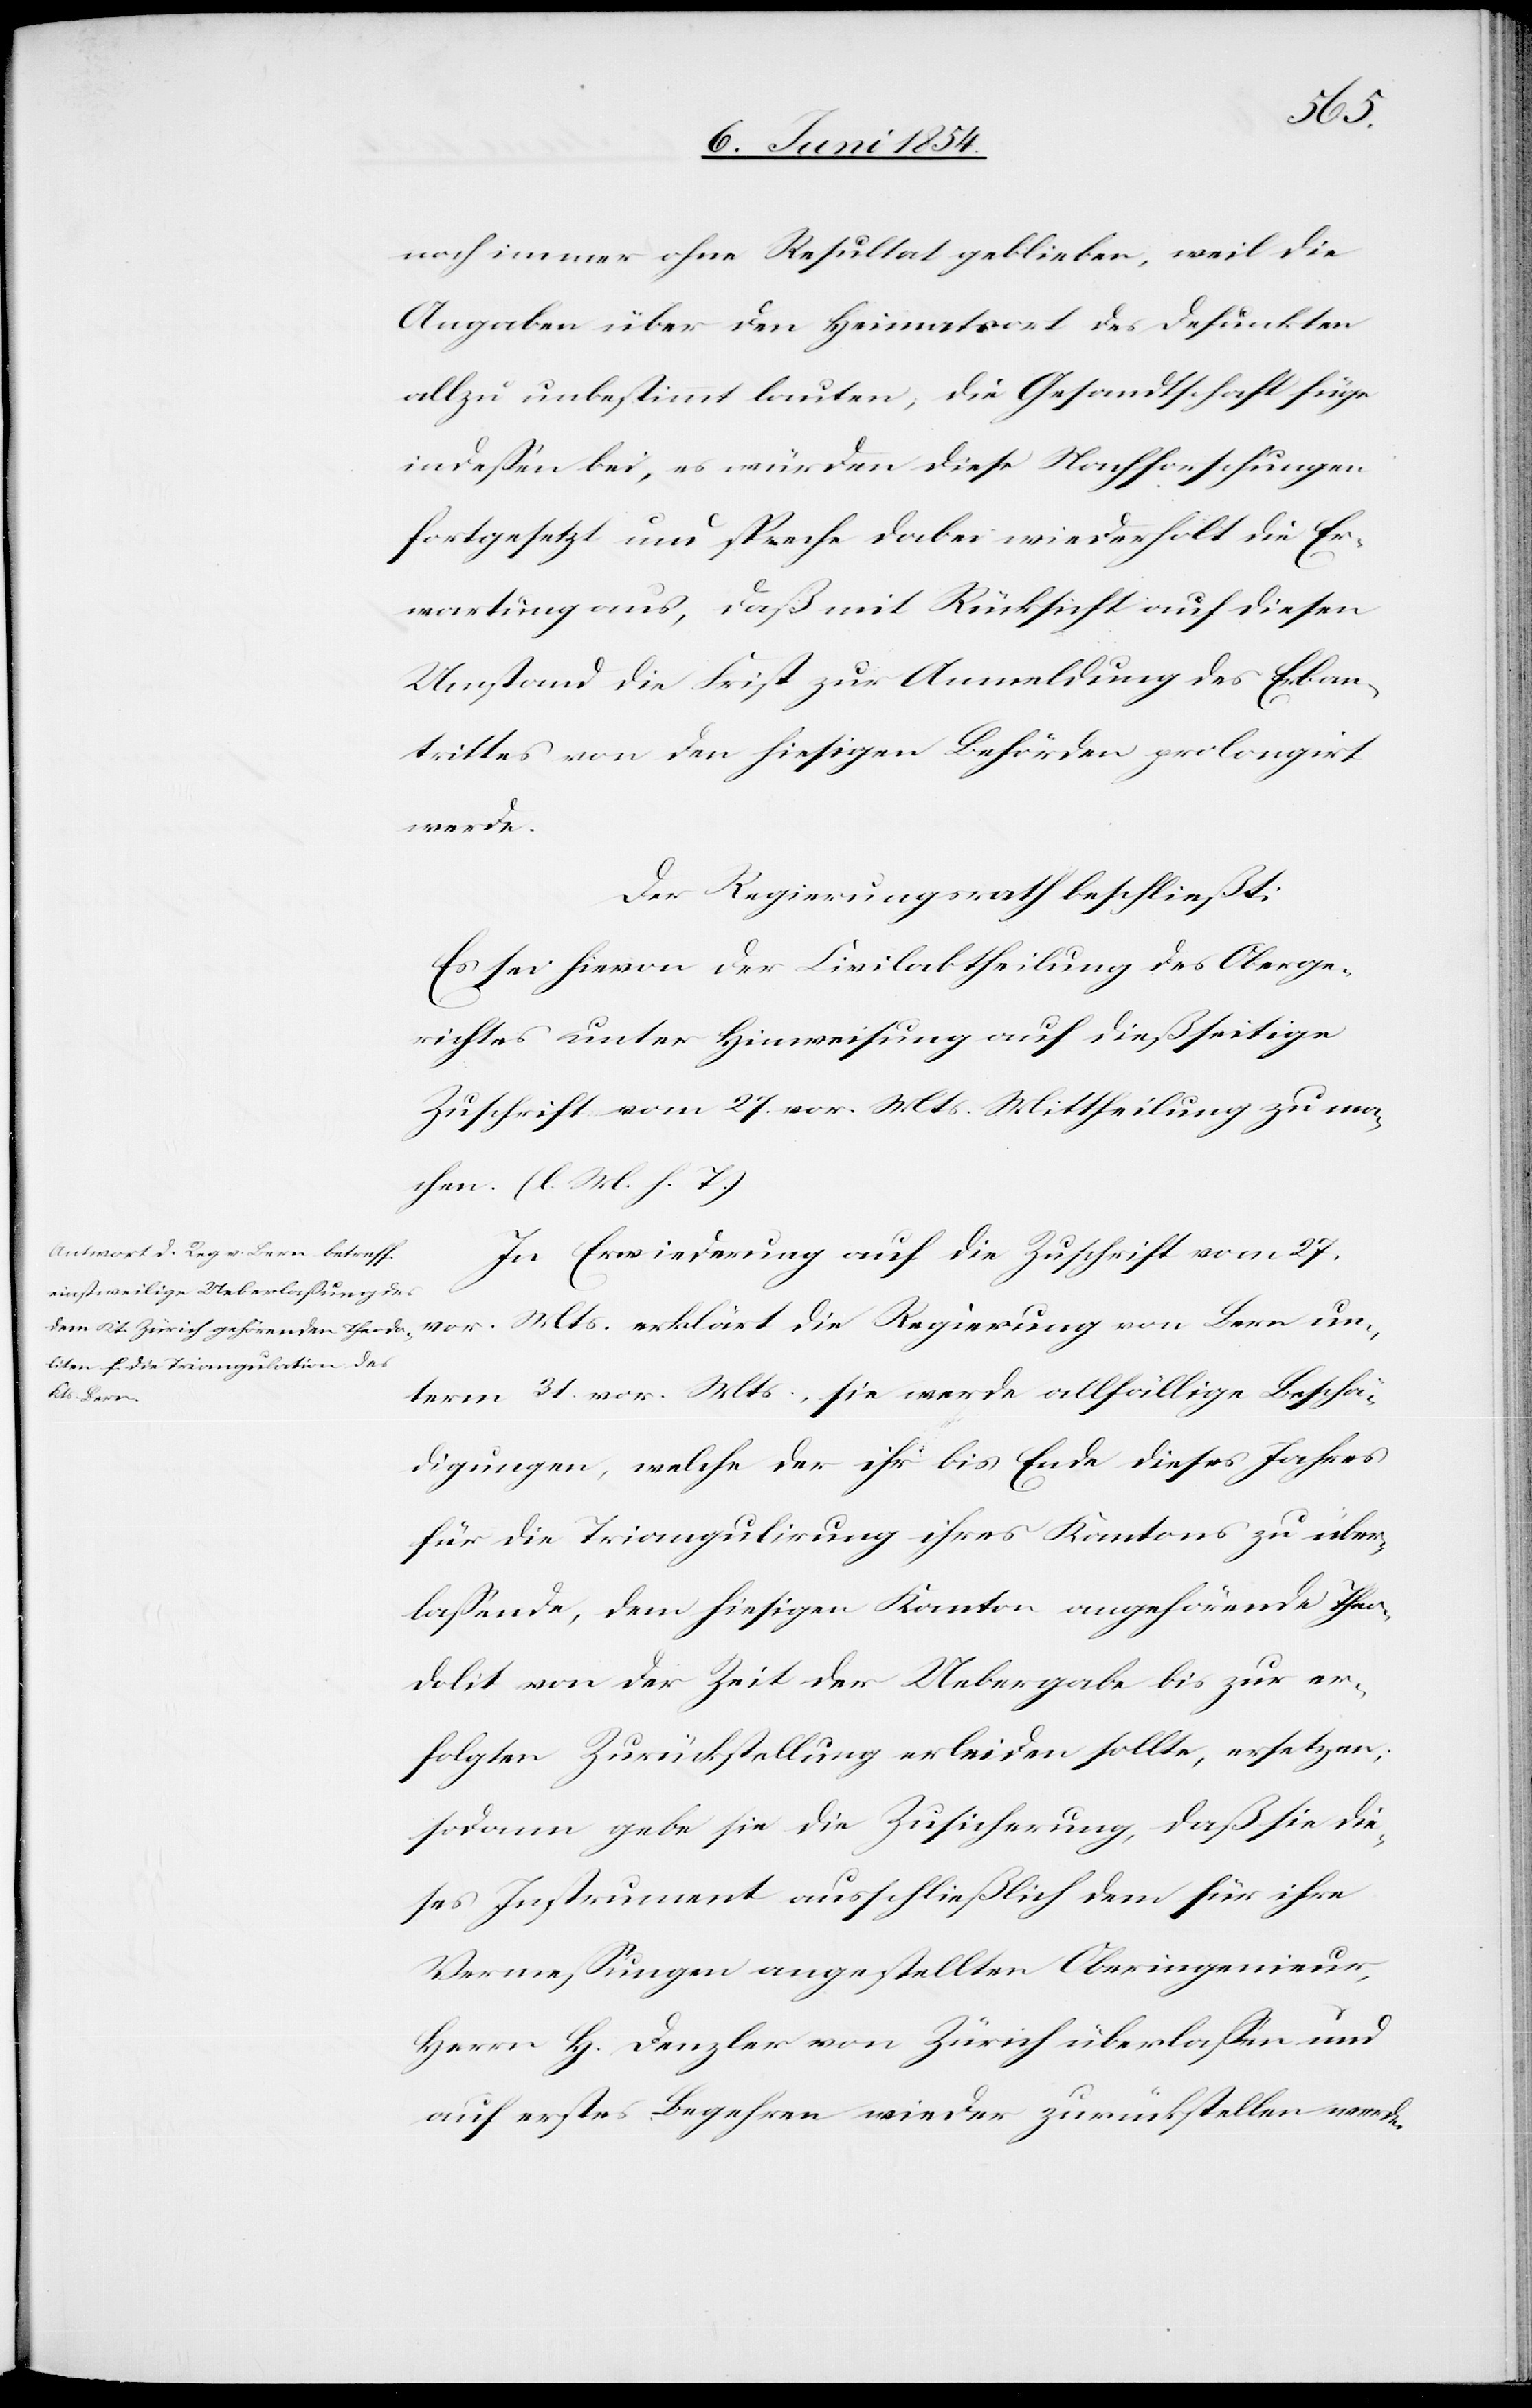
noch immer ohne Resultat geblieben, weil die
Angaben über den Heimatsort des Defunkten
allzu unbestimmt lauten; die Gesandtschaft füge
indeßen bei, es würden diese Nachforschungen
fortgesetzt und entsprechen dabei wiederholt die Er¬
wartung aus, daß mit Rücksicht auf diesen
Umstand die Frist zur Anmeldung des Erban¬
trittes von den hiesigen Behörden prolongirt
werde.
Der Regierungsrath beschließt:
Es sei hievon der Civilabtheilung des Oberge¬
richtes unter Hinweisung auf dießseitige
Zuschrift vom 27. vor. Mts Mittheilung zu ma¬
chen. (l. M. h. T.)
In Erwiederung auf die Zuschrift vom 27.
vor. Mts. erklärt die Regierung von Bern un¬
term 31. vor. Mts., sie werde allfällige Beschä¬
digungen, welche der ihr bis Ende dieses Jahres
für die Triangulirung ihres Kantons zu über¬
laßende, dem hiesigen Kanton angehörende Theo¬
dolit von der Zeit der Uebergabe bis zur er¬
folgten Zurückstellung erleiden sollte, ersetzen;
sodann gebe sie die Zusicherung, daß sie die¬
ses Instrument ausschließlich dem für ihre
Vermeßungen angestellten Oberingenieur,
Herrn H. Denzler von Zürich überlaßen und
auf erstes Begehren wieder zurückstellen werde.